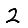
Digit: 2